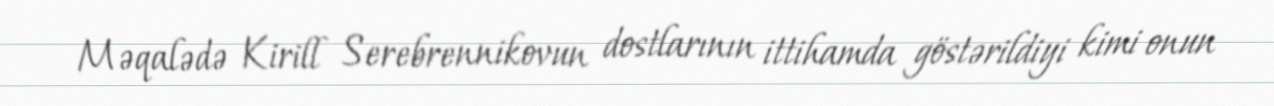
Məqalədə Kirill Serebrennikovun dostlarının ittihamda göstərildiyi kimi onun